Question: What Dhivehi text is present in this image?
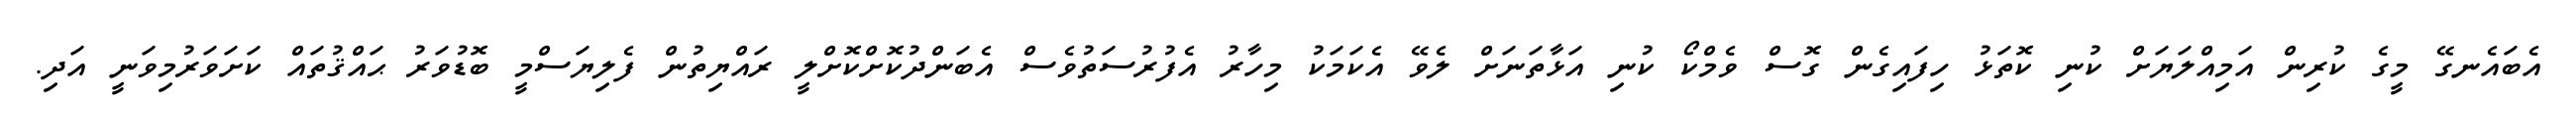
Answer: އެބައެނގޭ މީގެ ކުރިން އަމިއްލަޔަށް ކުނި ކޮތަޅު ހިފައިގެން ގޮސް ވެމްކޯ ކުނި އަޅާތަނަށް ލެވޭ އެކަމަކު މިހާރު އެފުރުސަތުވެސް އެބަންދުކޮށްކޮށްލީ ރައްޔިތުން ފެލިޔަސްމީ ބޮޑުވަރު ޙައްޤުތައް ކަށަވަރުމިވަނީ އަދި.